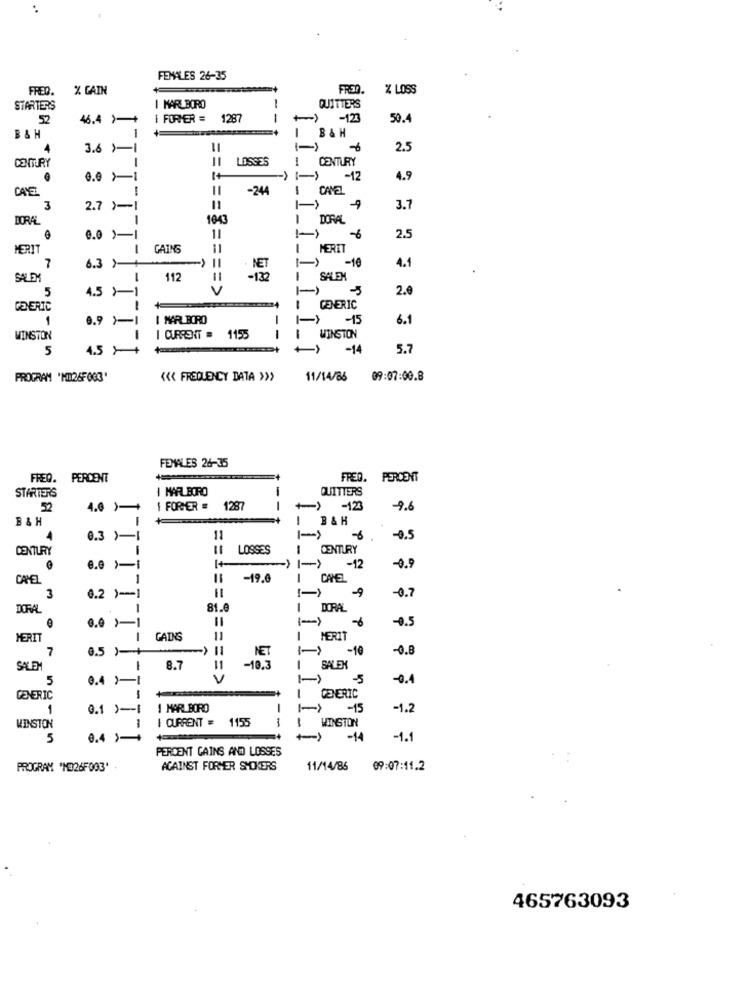
FEMALES 26-35
FREQ.
% CAIN
% LOSS
STARTERS
I MARLBORO
-
QUITTERS
52
46.4 >+
I FORMER =
1287
+) -123
50.4
B& H
B&H
3.6 )-1
6
2.5
LOSSES
CENTURY
CENTURY
1
-12
4.9
CAYE
-244
I CAVEL
3
2.7 )-1
==== =
9
3.7
DORAL
1
1047
1 DORAL
0.0 )-
11
6
2.5
MERIT
1
GAINS
MERET
7
6.3 11
-10
4.1
SALEX
112
11
SALEN
5
4.5 X1
V
2.0
GENERIC
GENERIC
1
0.9 >-1
I MARLBORO
-)
-15
6.1
WINSTON
CURRENT = 1155
WINSTON
5
4.5>
-14
5.7
PROGRAM 'NIN26F003'
<<< FREQUENCY DATA >>>
11/14/86
09:07:00.8
FEMALES 26-35
FREQ.
PERCENT
FRED. PERCENT
STARTERS
I MARLBORO
QUITTERS
52
4.6 )-+
I FORMER =
128
--
-123
-9.6
B & H
! BAK
4
0.3 )-1
11
6
-0.5
CENTURY
= =
LOSSES
CENTURY
1+
-) 1-)
-12
-0.9
CAMEL
-19.0
I CANEL
-9
-0.7
3
6.2 )-1
DORAL
81.9
CORAL
-0.5
0.0 1
MERIT
-
GAINS
11
1
MERIT
7
0.5 )-+
-10
-0.8
NET
SALEM
1
8.7
11
-19.3
SALEX
5
0.4 >-1
V
-5
-0.4
GENERIC
GENERIC
1
0.1 ) -- [
I MARLBORO
-
-15
-1.2
I CURRENT = 1155
WINSTON
WINSTON
5
-14
-1.1
PERCENT CAINS AND LOSSES
PROGRAM "NO26F003'
AGAINST FORMER SMOKERS
11/14/86 09:07:11.2
465763093